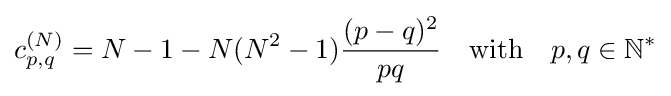
c_{p,q}^{(N)}=N-1-N(N^{2}-1){\frac {(p-q)^{2}}{pq}}\quad {\text{with}}\quad p,q\in \mathbb {N} ^{*}